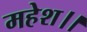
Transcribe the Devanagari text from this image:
महेश।।